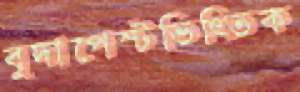
বুদাপেস্টভিত্তিক